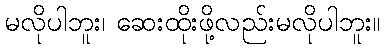
မလိုပါဘူး၊ ဆေးထိုးဖို့လည်းမလိုပါဘူး။